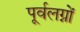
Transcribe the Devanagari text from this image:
पूर्वलग्नों